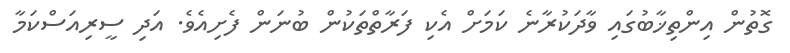
ގޮތުން އިންތިޚާބުގައި ވާދަކުރާނެ ކަމަށް އެކި ފަރާތްތަކުން ބުނަން ފެށިއެވެ. އަދި ސީރިއަސްކަމާ